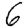
Digit: 6